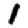
Digit: 1